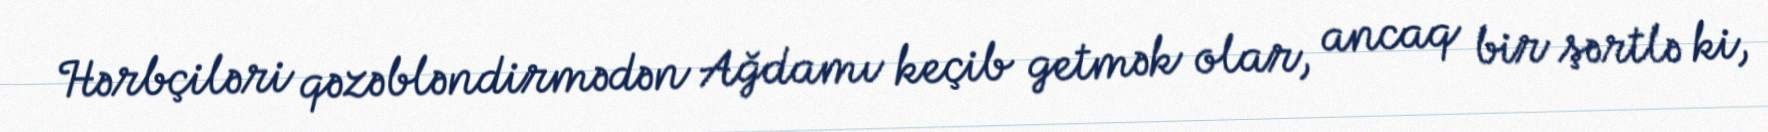
Hərbçiləri qəzəbləndirmədən Ağdamı keçib getmək olar, ancaq bir şərtlə ki,